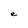
Character: e